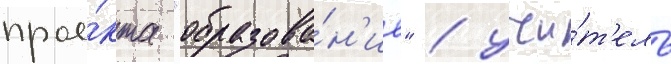
прое́кта "образова́н'ие" / учи́т'ель